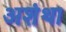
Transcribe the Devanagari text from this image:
अशंथा